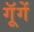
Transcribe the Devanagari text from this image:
गूॅगें